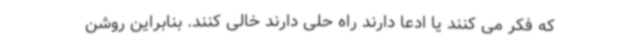
که فکر می کنند یا ادعا دارند راه حلی دارند خالی کنند. بنابراین روشن